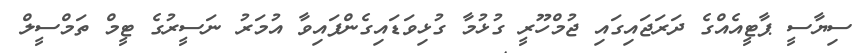
ސިޔާސީ ޕާޓީއެއްގެ ދަރަޖައިގައި ޖުމްހޫރީ ގުޅުމާ ގުޅިވަޑައިގެންފައިވާ އުމަރު ނަސީރުގެ ޓީމް ތަމްސީލް